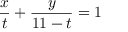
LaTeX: { \frac { x } { t } } + { \frac { y } { 1 1 - t } } = 1